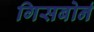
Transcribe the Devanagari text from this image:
गिसबोर्न